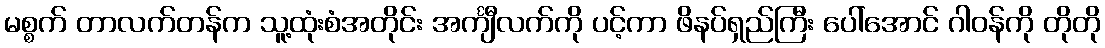
မစ္စက် တာလက်တန်က သူ့ထုံးစံအတိုင်း အင်္ကျီလက်ကို ပင့်ကာ ဖိနပ်ရှည်ကြီး ပေါ်အောင် ဂါဝန်ကို တိုတို